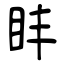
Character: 盽